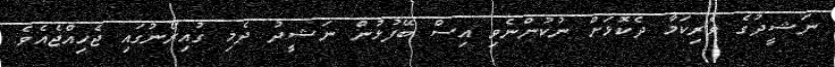
ނަޝީދުގެ ވެރިކަމާ ދެކޮޅަށް ނުކުންނެވި އިސް ބޭފުޅުން ނަޝީދު ދެމި ގުއިރޯނުގައި ޖެހިއްޖެއެވެ.